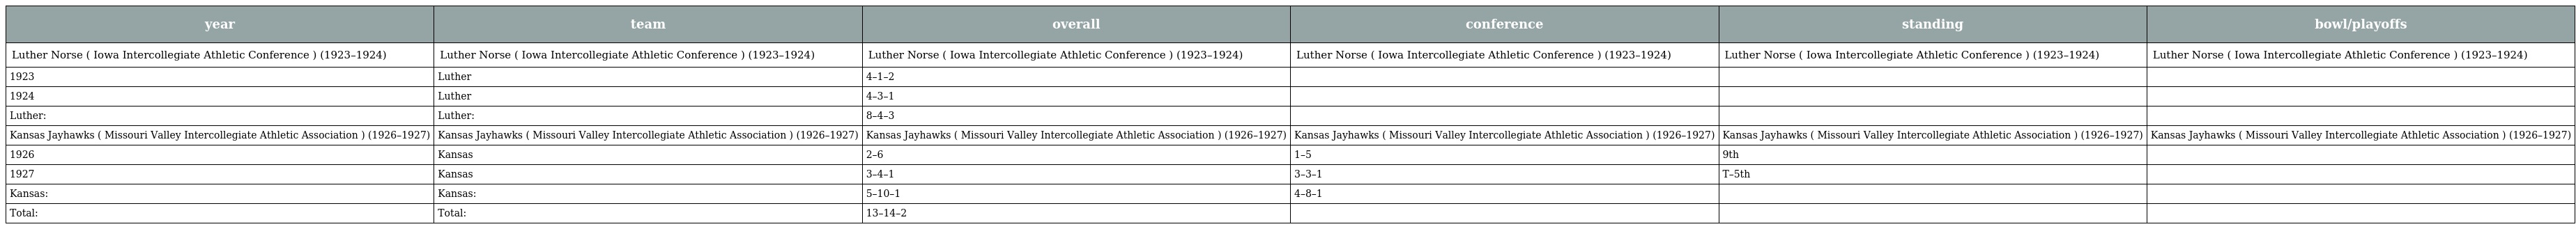
| year | team | overall | conference | standing | bowl/playoffs |
 | --- | --- | --- | --- | --- | --- |
 | Luther Norse ( Iowa Intercollegiate Athletic Conference ) (1923–1924) | Luther Norse ( Iowa Intercollegiate Athletic Conference ) (1923–1924) | Luther Norse ( Iowa Intercollegiate Athletic Conference ) (1923–1924) | Luther Norse ( Iowa Intercollegiate Athletic Conference ) (1923–1924) | Luther Norse ( Iowa Intercollegiate Athletic Conference ) (1923–1924) | Luther Norse ( Iowa Intercollegiate Athletic Conference ) (1923–1924) |
 | 1923 | Luther | 4–1–2 |  |  |  |
 | 1924 | Luther | 4–3–1 |  |  |  |
 | Luther: | Luther: | 8–4–3 |  |  |  |
 | Kansas Jayhawks ( Missouri Valley Intercollegiate Athletic Association ) (1926–1927) | Kansas Jayhawks ( Missouri Valley Intercollegiate Athletic Association ) (1926–1927) | Kansas Jayhawks ( Missouri Valley Intercollegiate Athletic Association ) (1926–1927) | Kansas Jayhawks ( Missouri Valley Intercollegiate Athletic Association ) (1926–1927) | Kansas Jayhawks ( Missouri Valley Intercollegiate Athletic Association ) (1926–1927) | Kansas Jayhawks ( Missouri Valley Intercollegiate Athletic Association ) (1926–1927) |
 | 1926 | Kansas | 2–6 | 1–5 | 9th |  |
 | 1927 | Kansas | 3–4–1 | 3–3–1 | T–5th |  |
 | Kansas: | Kansas: | 5–10–1 | 4–8–1 |  |  |
 | Total: | Total: | 13–14–2 |  |  |  |